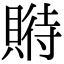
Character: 𧶱